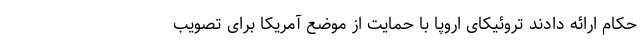
حکام ارائه دادند تروئیکای اروپا با حمایت از موضع آمریکا برای تصویب